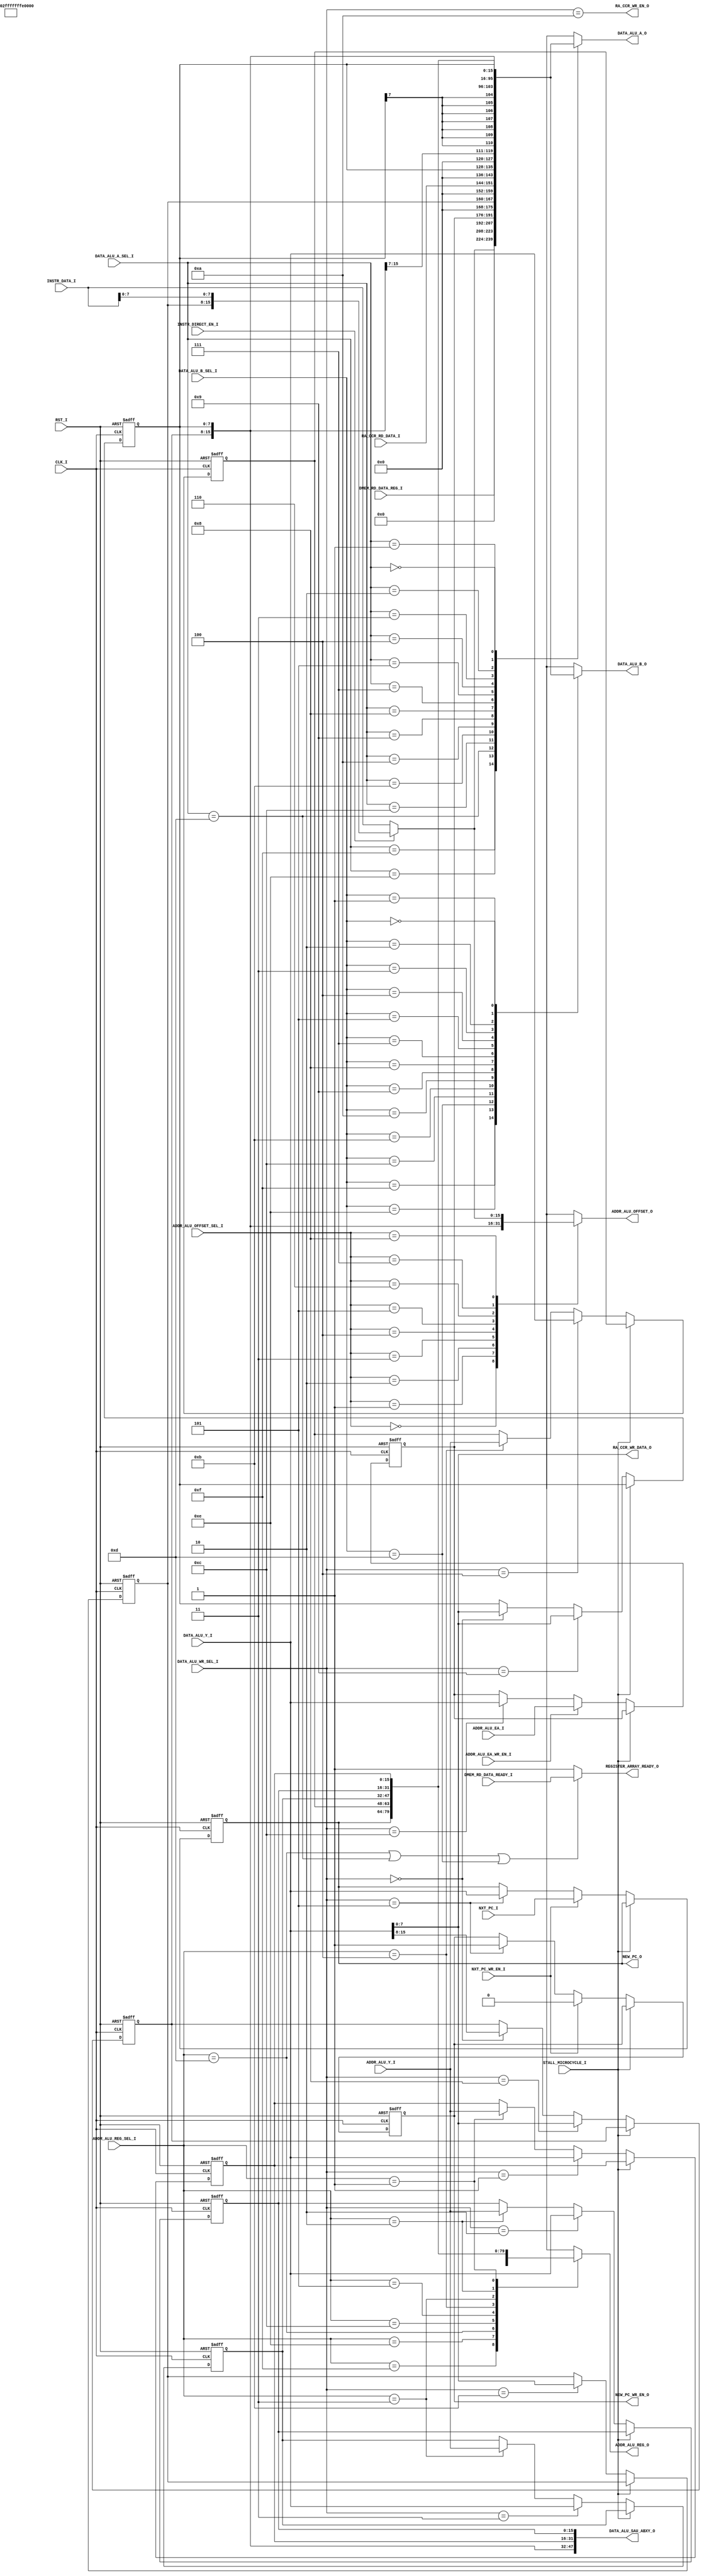
// [TURBO9_HEADER_START]
//////////////////////////////////////////////////////////////////////////////
//                          Turbo9 Microprocessor IP
//////////////////////////////////////////////////////////////////////////////
// Website: www.turbo9.org
// Contact: team[at]turbo9[dot]org
//////////////////////////////////////////////////////////////////////////////
// [TURBO9_LICENSE_START]
// BSD-1-Clause
//
// Copyright (c) 2020-2023
// Kevin Phillipson
// Michael Rywalt
// All rights reserved.
//
// Redistribution and use in source and binary forms, with or without
// modification, are permitted provided that the following conditions are met:
//
// 1. Redistributions of source code must retain the above copyright notice,
//    this list of conditions and the following disclaimer.
//
// THIS SOFTWARE IS PROVIDED BY THE COPYRIGHT HOLDERS AND CONTRIBUTORS "AS IS"
// AND ANY EXPRESS OR IMPLIED WARRANTIES, INCLUDING, BUT NOT LIMITED TO, THE
// IMPLIED WARRANTIES OF MERCHANTABILITY AND FITNESS FOR A PARTICULAR PURPOSE
// ARE DISCLAIMED. IN NO EVENT SHALL THE COPYRIGHT HOLDERS AND CONTRIBUTORS BE
// LIABLE FOR ANY DIRECT, INDIRECT, INCIDENTAL, SPECIAL, EXEMPLARY, OR
// CONSEQUENTIAL DAMAGES (INCLUDING, BUT NOT LIMITED TO, PROCUREMENT OF
// SUBSTITUTE GOODS OR SERVICES; LOSS OF USE, DATA, OR PROFITS; OR BUSINESS
// INTERRUPTION) HOWEVER CAUSED AND ON ANY THEORY OF LIABILITY, WHETHER IN
// CONTRACT, STRICT LIABILITY, OR TORT (INCLUDING NEGLIGENCE OR OTHERWISE)
// ARISING IN ANY WAY OUT OF THE USE OF THIS SOFTWARE, EVEN IF ADVISED OF THE
// POSSIBILITY OF SUCH DAMAGE.
// [TURBO9_LICENSE_END]
//////////////////////////////////////////////////////////////////////////////
// Description: Register file for the Turbo9 Execute Stage
//
//////////////////////////////////////////////////////////////////////////////
// History:
// 07.14.2023 - Kevin Phillipson
//   File header added
//
//////////////////////////////////////////////////////////////////////////////
// [TURBO9_HEADER_END]

/////////////////////////////////////////////////////////////////////////////
//                                MODULE
/////////////////////////////////////////////////////////////////////////////
module turbo9_register_array
(
  // Inputs: Clock & Reset
  input               RST_I,
  input               CLK_I,
  input               STALL_MICROCYCLE_I,
  output              REGISTER_ARRAY_READY_O,

  // PC Interface to Fetch & Decode
  input               NXT_PC_WR_EN_I,
  input        [15:0] NXT_PC_I,
  output              NEW_PC_WR_EN_O,
  output       [15:0] NEW_PC_O,

  // Data ALU
  input         [3:0] DATA_ALU_A_SEL_I,
  input         [3:0] DATA_ALU_B_SEL_I,
  input         [3:0] DATA_ALU_WR_SEL_I,
  output reg   [15:0] DATA_ALU_A_O,
  output reg   [15:0] DATA_ALU_B_O,
  input        [15:0] DATA_ALU_Y_I,
  output       [47:0] DATA_ALU_SAU_ABXY_O,

  // Register Array ALU Selects
  input         [3:0] ADDR_ALU_REG_SEL_I,
  input         [3:0] ADDR_ALU_OFFSET_SEL_I,
  input               ADDR_ALU_EA_WR_EN_I,

  // Address ALU Data Inputs / Outputs
  output reg   [15:0] ADDR_ALU_REG_O,
  output reg   [15:0] ADDR_ALU_OFFSET_O,
  input        [15:0] ADDR_ALU_Y_I,
  input        [15:0] ADDR_ALU_EA_I,

  input               DMEM_RD_DATA_READY_I,
  input        [15:0] DMEM_RD_DATA_REG_I,
  input        [15:0] INSTR_DATA_I,
  input               INSTR_DIRECT_EN_I,
  //
  // CCR to Register Array
  output              RA_CCR_WR_EN_O,
  output        [7:0] RA_CCR_WR_DATA_O,
  input         [7:0] RA_CCR_RD_DATA_I
);

/////////////////////////////////////////////////////////////////////////////
//                             INTERNAL SIGNALS
/////////////////////////////////////////////////////////////////////////////

// Register Select Defines
localparam ZERO              = 4'b1111;
localparam IDATA             = 4'b1110;
localparam DMEM_RD           = 4'b1101;
localparam EA                = 4'b1100;
localparam DPR               = 4'b1011;
localparam CCR               = 4'b1010;
localparam B                 = 4'b1001;
localparam A                 = 4'b1000;
localparam SEXB              = 4'b0111;
//localparam                 = 4'b0110;
localparam PC                = 4'b0101;
localparam S                 = 4'b0100;
localparam U                 = 4'b0011;
localparam Y                 = 4'b0010;
localparam X                 = 4'b0001;
localparam D                 = 4'b0000;


// Index Offset Select Decoding (matches postbyte[3:0])
localparam ADDR_OFFSET_SEL_POS1      = 4'b0000; 
localparam ADDR_OFFSET_SEL_POS2      = 4'b0001;
localparam ADDR_OFFSET_SEL_NEG1      = 4'b0010;
localparam ADDR_OFFSET_SEL_NEG2      = 4'b0011;
localparam ADDR_OFFSET_SEL_ZERO      = 4'b0100;
localparam ADDR_OFFSET_SEL_B         = 4'b0101;
localparam ADDR_OFFSET_SEL_A         = 4'b0110;
localparam ADDR_OFFSET_SEL_D         = 4'b0111;
localparam ADDR_OFFSET_SEL_IDATA     = 4'b1000;


reg    [7:0] a_reg;
localparam   a_rst = 8'h00;

reg    [7:0] b_reg;
localparam   b_rst = 8'h00;

reg   [15:0] x_reg;
localparam   x_rst = 16'h0000;

reg   [15:0] y_reg;
localparam   y_rst = 16'h0000;

reg   [15:0] u_reg;
localparam   u_rst = 16'h0000;

reg   [15:0] s_reg;
localparam   s_rst = 16'h0000;

reg   [15:0] pc_reg;
localparam   pc_rst = 16'h0000;

reg    [7:0] dpr_reg;
localparam   dpr_rst = 8'h00;

reg   [15:0] ea_reg;
localparam   ea_rst = 16'h0000;

reg          new_pc_wr_en_reg;
localparam   new_pc_wr_en_rst = 1'b0;

wire [15:0] zero_u16 = 16'h0000;
wire [15:0] pos1_u16 = 16'h0001;   
wire [15:0] pos2_u16 = 16'h0002;
wire [15:0] neg1_s16 = 16'hFFFF;
wire [15:0] neg2_s16 = 16'hFFFE;
localparam REG_DONT_CARE = 16'hxxxx;

wire [15:0] a_reg_u16   = {8'h00, a_reg};
wire [15:0] a_reg_s16   = {{8{a_reg[7]}}, a_reg};
//
wire [15:0] b_reg_u16   = {8'h00, b_reg};
wire [15:0] b_reg_s16   = {{8{b_reg[7]}}, b_reg};
//
wire [15:0] d_reg       = {a_reg, b_reg};
//
wire [15:0] dpr_reg_u16 = {8'h00, dpr_reg};
//
wire [15:0] instr_data  = (INSTR_DIRECT_EN_I) ? {dpr_reg, INSTR_DATA_I[7:0]} :
                                                INSTR_DATA_I;

/////////////////////////////////////////////////////////////////////////////

/////////////////////////////////////////////////////////////////////////////
//                                LOGIC
/////////////////////////////////////////////////////////////////////////////

always @(posedge CLK_I, posedge RST_I) begin
  if (RST_I) begin
    a_reg      <= a_rst;
    b_reg      <= b_rst;
    x_reg      <= x_rst;
    y_reg      <= y_rst;
    u_reg      <= u_rst;
    s_reg      <= s_rst;
    pc_reg     <= pc_rst;
    dpr_reg    <= dpr_rst;
    ea_reg     <= ea_rst;
    new_pc_wr_en_reg <= new_pc_wr_en_rst;
  end else begin

    if (~STALL_MICROCYCLE_I) begin
      //
      // A & D Register
      if        (DATA_ALU_WR_SEL_I   == A)  a_reg <= DATA_ALU_Y_I[ 7:0];
      else   if (DATA_ALU_WR_SEL_I   == D)  a_reg <= DATA_ALU_Y_I[15:8];
    //else   if (ADDR_ALU_REG_SEL_I == A) a_reg <= ADDR_ALU_Y_I[ 7:0];
    //else   if (ADDR_ALU_REG_SEL_I == D) a_reg <= ADDR_ALU_Y_I[15:8];
      else                               a_reg <= a_reg;
      //                                
      // B & D Register                 
      if        (DATA_ALU_WR_SEL_I   == B)  b_reg <= DATA_ALU_Y_I[ 7:0];
      else   if (DATA_ALU_WR_SEL_I   == D)  b_reg <= DATA_ALU_Y_I[ 7:0];
    //else   if (ADDR_ALU_REG_SEL_I == B) b_reg <= ADDR_ALU_Y_I[ 7:0];
    //else   if (ADDR_ALU_REG_SEL_I == D) b_reg <= ADDR_ALU_Y_I[ 7:0];
      else                               b_reg <= b_reg;
      //                                
      // X Register                     
      if        (DATA_ALU_WR_SEL_I  == X)  x_reg <= DATA_ALU_Y_I;
      else   if (ADDR_ALU_REG_SEL_I == X) x_reg <= ADDR_ALU_Y_I;
      else                               x_reg <= x_reg;
      //                                
      // Y Register                     
      if        (DATA_ALU_WR_SEL_I  == Y)  y_reg <= DATA_ALU_Y_I;
      else   if (ADDR_ALU_REG_SEL_I == Y) y_reg <= ADDR_ALU_Y_I;
      else                               y_reg <= y_reg;
      //                                
      // U Register                     
      if        (DATA_ALU_WR_SEL_I  == U)  u_reg <= DATA_ALU_Y_I;
      else   if (ADDR_ALU_REG_SEL_I == U) u_reg <= ADDR_ALU_Y_I;
      else                               u_reg <= u_reg;
      //                                
      // S Register                     
      if        (DATA_ALU_WR_SEL_I  == S)  s_reg <= DATA_ALU_Y_I;
      else   if (ADDR_ALU_REG_SEL_I == S) s_reg <= ADDR_ALU_Y_I;
      else                               s_reg <= s_reg;
      //
      // PC Register
      if (NXT_PC_WR_EN_I) begin
        pc_reg      <= NXT_PC_I;
        new_pc_wr_en_reg  <= 1'b0;
      end else if (DATA_ALU_WR_SEL_I == PC) begin   // FIXME could register new_pc_wr_en_reg one stage earlier
        pc_reg      <= DATA_ALU_Y_I;
        new_pc_wr_en_reg  <= 1'b1;
    //end else if (ADDR_ALU_REG_SEL_I == PC) begin
    //  pc_reg      <= ADDR_ALU_Y_I; //PC is never written from ADDR_ALU
    //  new_pc_wr_en_reg  <= 1'b1;
      end else begin
        pc_reg      <= pc_reg;
        new_pc_wr_en_reg  <= new_pc_wr_en_reg;
      end
      //                                 
      // DPR Register
    //if (data_alu_wr_sel  == DPR)  dpr_reg <= DATA_ALU_Y_I[ 7:0];
      if        (DATA_ALU_WR_SEL_I  == DPR)  dpr_reg <= DATA_ALU_Y_I[ 7:0];
    //else if   (ADDR_ALU_REG_SEL_I == DPR) dpr_reg <= ADDR_ALU_Y_I[ 7:0];
      else                                 dpr_reg <= dpr_reg;
      //                                 
      // EA Register                     
      if        (ADDR_ALU_EA_WR_EN_I)      ea_reg <= ADDR_ALU_EA_I;
      else   if (DATA_ALU_WR_SEL_I  == EA)   ea_reg <= DATA_ALU_Y_I;
      //else   if (ADDR_ALU_REG_SEL_I == EA)  ea_reg <= ADDR_ALU_Y_I; //Not needed
      else                                 ea_reg <= ea_reg;
      //
    end
 
  end
end
/////////////////////////////////////////////////////////////////////////////
 

/////////////////////////////////////////////////////////////////////////////
//                             ASSIGN OUTPUTS
/////////////////////////////////////////////////////////////////////////////

always @* begin
  case (DATA_ALU_A_SEL_I)
    ZERO    : DATA_ALU_A_O = zero_u16;
    IDATA   : DATA_ALU_A_O = instr_data;
    DMEM_RD : DATA_ALU_A_O = DMEM_RD_DATA_REG_I;
    EA      : DATA_ALU_A_O = ea_reg;
    //
    DPR     : DATA_ALU_A_O = dpr_reg_u16;
    CCR     : DATA_ALU_A_O = RA_CCR_RD_DATA_I;
    B       : DATA_ALU_A_O = b_reg_u16;
    A       : DATA_ALU_A_O = a_reg_u16;
    //
    SEXB    : DATA_ALU_A_O = b_reg_s16;
    //      : DATA_ALU_A_O = ;
    PC      : DATA_ALU_A_O = pc_reg;
    S       : DATA_ALU_A_O = s_reg;
    //
    U       : DATA_ALU_A_O = u_reg;
    Y       : DATA_ALU_A_O = y_reg;
    X       : DATA_ALU_A_O = x_reg;
    D       : DATA_ALU_A_O = d_reg;
    //
  //default : DATA_ALU_A_O = zero_u16;
    default : DATA_ALU_A_O = REG_DONT_CARE;
  endcase
end

always @* begin
  case (DATA_ALU_B_SEL_I)
    ZERO    : DATA_ALU_B_O = zero_u16;
    IDATA   : DATA_ALU_B_O = instr_data;
    DMEM_RD : DATA_ALU_B_O = DMEM_RD_DATA_REG_I;
    EA      : DATA_ALU_B_O = ea_reg;
    //
    DPR     : DATA_ALU_B_O = dpr_reg_u16;
    CCR     : DATA_ALU_B_O = RA_CCR_RD_DATA_I;
    B       : DATA_ALU_B_O = b_reg_u16;
    A       : DATA_ALU_B_O = a_reg_u16;
    //
    SEXB    : DATA_ALU_B_O = b_reg_s16;
    //      : DATA_ALU_B_O = ;
    PC      : DATA_ALU_B_O = pc_reg;
    S       : DATA_ALU_B_O = s_reg;
    //
    U       : DATA_ALU_B_O = u_reg;
    Y       : DATA_ALU_B_O = y_reg;
    X       : DATA_ALU_B_O = x_reg;
    D       : DATA_ALU_B_O = d_reg;
    //
  //default : DATA_ALU_B_O = zero_u16;
    default : DATA_ALU_B_O = REG_DONT_CARE;
  endcase
end

always @* begin
  case (ADDR_ALU_REG_SEL_I)
    ZERO    : ADDR_ALU_REG_O = zero_u16;
    IDATA   : ADDR_ALU_REG_O = instr_data;
    DMEM_RD : ADDR_ALU_REG_O = DMEM_RD_DATA_REG_I;
    EA      : ADDR_ALU_REG_O = ea_reg;
    //
  //DPR     : ADDR_ALU_REG_O = dpr_reg_u16;
  //CCR     : ADDR_ALU_REG_O = RA_CCR_RD_DATA_I;
  //B       : ADDR_ALU_REG_O = b_reg_u16;
  //A       : ADDR_ALU_REG_O = a_reg_u16;
    //
  //SEXB    : ADDR_ALU_REG_O = b_reg_s16;
    //      : ADDR_ALU_REG_O = ;
    PC      : ADDR_ALU_REG_O = pc_reg; // used in indexed mode
    S       : ADDR_ALU_REG_O = s_reg;
    //
    U       : ADDR_ALU_REG_O = u_reg;
    Y       : ADDR_ALU_REG_O = y_reg;
    X       : ADDR_ALU_REG_O = x_reg;
  //D       : ADDR_ALU_REG_O = d_reg;
    //
  //default : ADDR_ALU_REG_O = zero_u16;
    default : ADDR_ALU_REG_O = REG_DONT_CARE;
  endcase
end

// Index Offset Select Decoding
always @* begin
  case (ADDR_ALU_OFFSET_SEL_I)
    ADDR_OFFSET_SEL_POS1  : ADDR_ALU_OFFSET_O = pos1_u16;  
    ADDR_OFFSET_SEL_POS2  : ADDR_ALU_OFFSET_O = pos2_u16;
    ADDR_OFFSET_SEL_NEG1  : ADDR_ALU_OFFSET_O = neg1_s16;
    ADDR_OFFSET_SEL_NEG2  : ADDR_ALU_OFFSET_O = neg2_s16;
    ADDR_OFFSET_SEL_ZERO  : ADDR_ALU_OFFSET_O = zero_u16;
    ADDR_OFFSET_SEL_B     : ADDR_ALU_OFFSET_O = b_reg_s16;
    ADDR_OFFSET_SEL_A     : ADDR_ALU_OFFSET_O = a_reg_s16;
    ADDR_OFFSET_SEL_D     : ADDR_ALU_OFFSET_O = d_reg;
    ADDR_OFFSET_SEL_IDATA : ADDR_ALU_OFFSET_O = instr_data;
    //  
  //default              : ADDR_ALU_OFFSET_O = instr_data;
    default              : ADDR_ALU_OFFSET_O = REG_DONT_CARE;
  endcase
end

// Sequential Arithmetic Unit Registers
assign DATA_ALU_SAU_ABXY_O[47:40] = a_reg;
assign DATA_ALU_SAU_ABXY_O[39:32] = b_reg;
assign DATA_ALU_SAU_ABXY_O[31:16] = x_reg;
assign DATA_ALU_SAU_ABXY_O[15: 0] = y_reg;

// CCR Write Data
assign RA_CCR_WR_DATA_O = DATA_ALU_Y_I[7:0];
assign RA_CCR_WR_EN_O   = (DATA_ALU_WR_SEL_I == CCR);

assign REGISTER_ARRAY_READY_O = ((ADDR_ALU_REG_SEL_I == DMEM_RD) |   // FIXME Optimize this logic
                                 (DATA_ALU_A_SEL_I   == DMEM_RD) |
                                 (DATA_ALU_B_SEL_I   == DMEM_RD)) ? DMEM_RD_DATA_READY_I : 1'b1;

assign NEW_PC_WR_EN_O = new_pc_wr_en_reg;
assign NEW_PC_O = pc_reg;

/////////////////////////////////////////////////////////////////////////////

endmodule